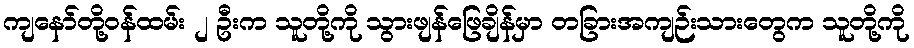
ကျနော်တို့ဝန်ထမ်း ၂ ဦးက သူတို့ကို သွားဖျန်ဖြေချိန်မှာ တခြားအကျဉ်းသားတွေက သူတို့ကို